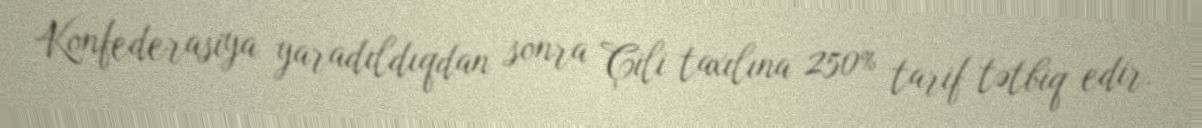
Konfederasiya yaradıldıqdan sonra Çili taxılına 250% tarif tətbiq edir.